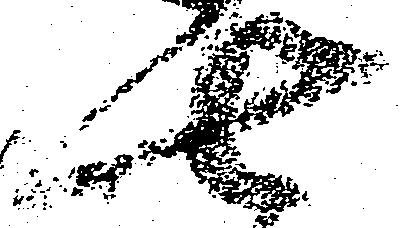
七